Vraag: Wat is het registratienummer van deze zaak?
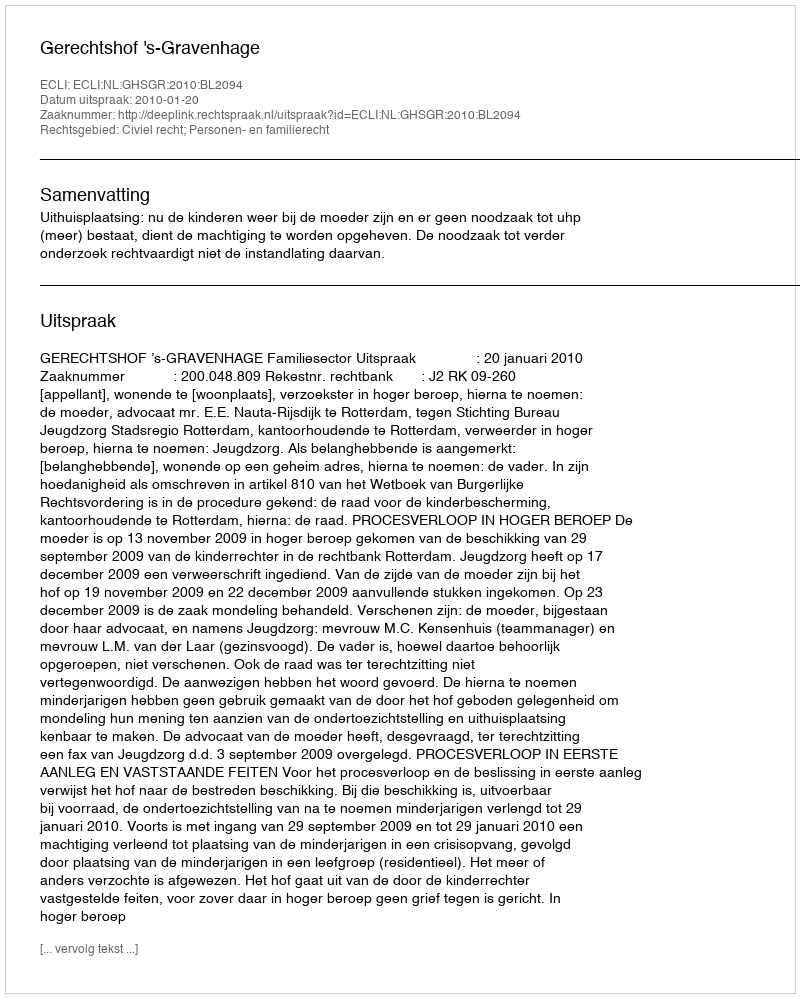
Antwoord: http://deeplink.rechtspraak.nl/uitspraak?id=ECLI:NL:GHSGR:2010:BL2094